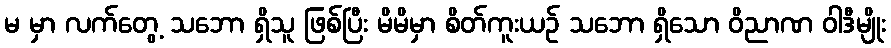
မ မှာ လက်တွေ့ သဘော ရှိသူ ဖြစ်ပြီး မိမိမှာ စိတ်ကူးယဉ် သဘော ရှိသော ဝိညာဏ ဝါဒီမျိုး